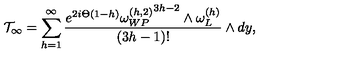
{ \cal T } _ { \infty } = \sum _ { h = 1 } ^ { \infty } { \frac { e ^ { 2 i \Theta ( 1 - h ) } { \omega _ { W P } ^ { ( h , 2 ) } } ^ { 3 h - 2 } \wedge \omega _ { L } ^ { ( h ) } } { ( 3 h - 1 ) ! } } \wedge d y ,